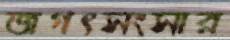
জগৎসংসার